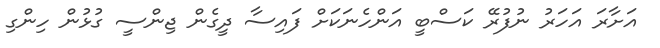
އަށާރަ އަހަރު ނުފުރޭ ކަސްބީ އަންހެނަކަށް ފައިސާ ދީގެން ޖިންސީ ގުޅުން ހިންގި